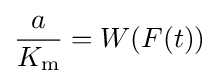
{\frac {a}{K_{\mathrm {m} }}}=W(F(t))